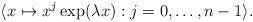
LaTeX: \begin{align*}\langle x \mapsto x^j \exp(\lambda x) : j = 0,\ldots,n-1 \rangle.\end{align*}